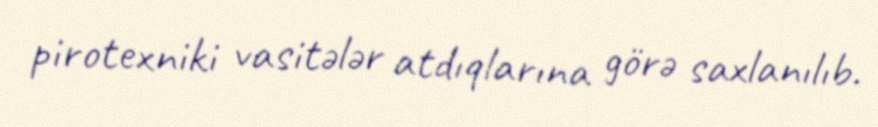
pirotexniki vasitələr atdıqlarına görə saxlanılıb.